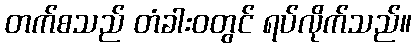
တက်စသည် တံခါးဝတွင် ရပ်လိုက်သည်။